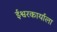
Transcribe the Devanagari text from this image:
ईश्वरकार्याला